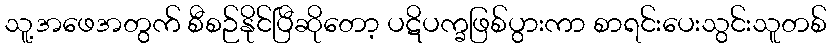
သူ့အဖေအတွက် စီစဉ်နိုင်ပြီဆိုတော့ ပဋိပက္ခဖြစ်ပွားကာ စာရင်းပေးသွင်းသူတစ်